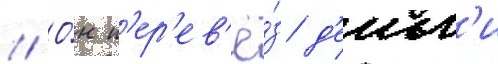
// О́н п'ер'ев'ё́з д'еньг'и